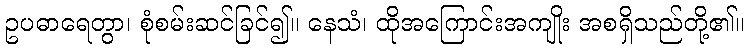
ဥပဓာရေတွာ၊ စုံစမ်းဆင်ခြင်၍။ နေသံ၊ ထိုအကြောင်းအကျိုး အစရှိသည်တို့၏။